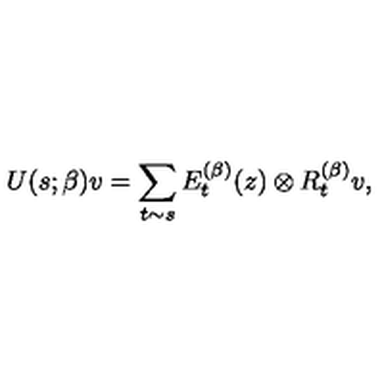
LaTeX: U ( s ; \beta ) v = \sum _ { t \sim s } E _ { t } ^ { ( \beta ) } ( z ) \otimes R _ { t } ^ { ( \beta ) } v ,